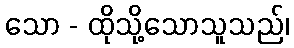
သော - ထိုသို့သောသူသည်၊